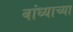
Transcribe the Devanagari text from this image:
बांध्याच्या